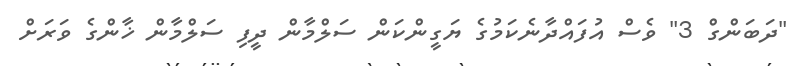
"ދަބަންގް 3" ވެސް އުފައްދާނެކަމުގެ ޔަގީންކަން ސަލްމާން ދީފި ސަލްމާން ޚާންގެ ވަރަށް